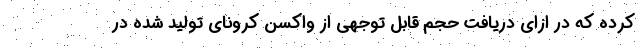
کرده که در ازای دریافت حجم قابل توجهی از واکسن کرونای تولید شده در